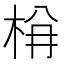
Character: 𭩺